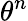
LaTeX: \theta^{n}